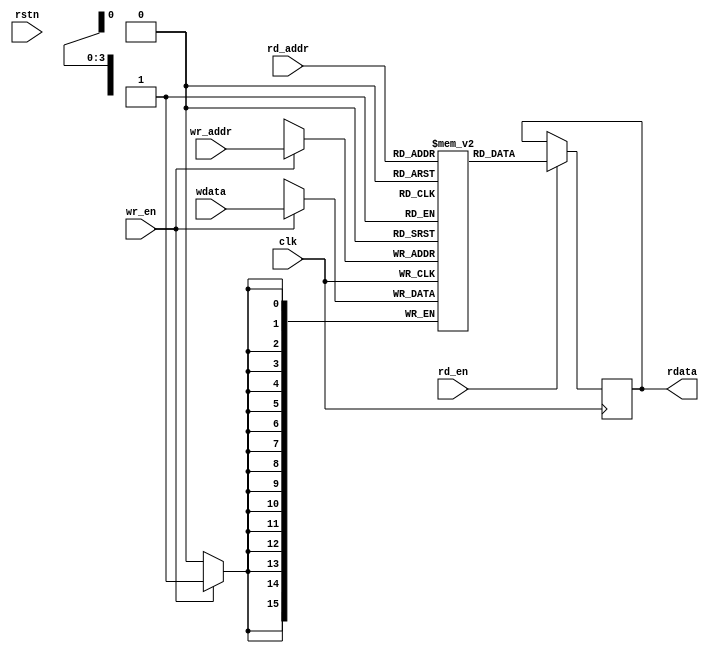
/*
    ram
*/
module dual_ram#(
    parameter WIDTH = 16,
    parameter DEPTH = 16,
    parameter ADDR_WIDTH = $clog2(DEPTH)
)(
    input   wire                        clk     ,
    input   wire                        rstn    ,
    //write
    input   wire                        wr_en   ,
    input   wire    [ADDR_WIDTH-1:0]    wr_addr ,
    input   wire    [WIDTH-1:0]         wdata   ,
    //read
    input   wire                        rd_en   ,
    input   wire    [ADDR_WIDTH-1:0]    rd_addr ,
    output  reg     [WIDTH-1:0]         rdata   
);

// localparam ADDR_WIDTH = $clog2(DEPTH);
/********** ram***********/
    (*ram_style="block"*)reg [WIDTH-1:0] ram [0:DEPTH-1];
    integer i;
    always @(posedge clk) begin
        // if(~rstn)begin
        //     for(i=0;i<DEPTH+1;i=i+1)
        //         ram[i]<=0;
        // end
        // else if(wr_en)
        //     ram[wr_addr]<=wdata;
        if(wr_en)
            ram[wr_addr]<=wdata;
    end

    // wire addr_same_flag = (wr_addr==rd_addr);
    always@(posedge clk)begin
        if(rd_en)begin
            // if(wr_en && addr_same_flag)
            //     rdata<=wdata;
            // else
                rdata<=ram[rd_addr];
        end
    end
endmodule